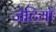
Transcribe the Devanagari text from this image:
जेटियाँ